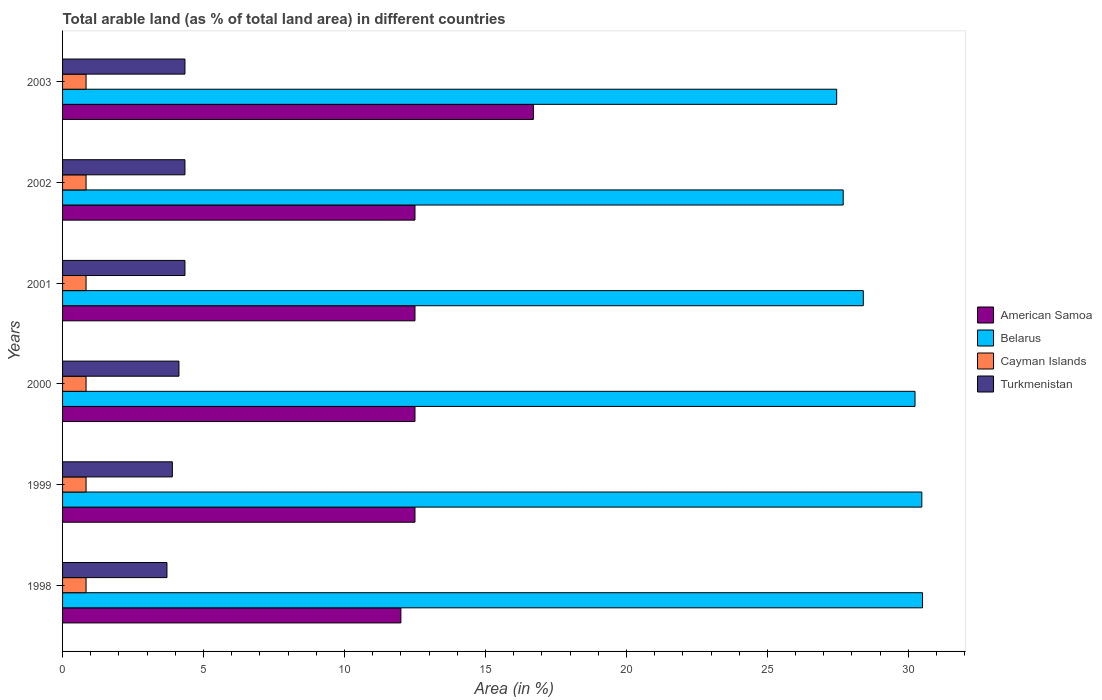
| Years | American Samoa | Belarus | Cayman Islands | Turkmenistan |
 | --- | --- | --- | --- | --- |
 | 1998 | 12 | 30.5 | 0.833 | 3.7 |
 | 1999 | 12.5 | 30.5 | 0.833 | 3.89 |
 | 2000 | 12.5 | 30.2 | 0.833 | 4.13 |
 | 2001 | 12.5 | 28.4 | 0.833 | 4.34 |
 | 2002 | 12.5 | 27.7 | 0.833 | 4.34 |
 | 2003 | 16.7 | 27.5 | 0.833 | 4.34 |